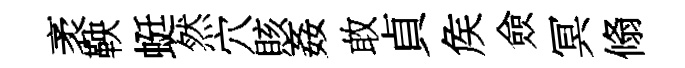
袤鞅蜓然穴賅姦敢貞矦僉冥翛